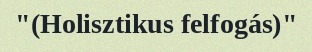
"(Holisztikus felfogás)"